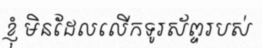
ខ្ញុំ មិនដែលលើកទូរស័ព្ទរបស់